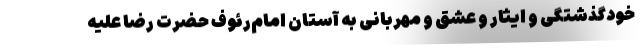
خودگذشتگی و ایثار و عشق و مهربانی به آستان امام‌رئوف حضرت رضا علیه